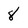
Character: 8